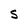
Character: S